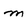
Character: m